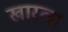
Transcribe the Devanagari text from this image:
खारला